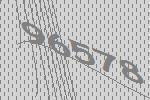
96578